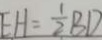
E H = \frac { 1 } { 2 } B D